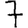
Digit: 7